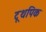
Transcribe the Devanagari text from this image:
टूथपिक